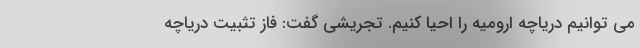
می توانیم دریاچه ارومیه را احیا کنیم. تجریشی گفت: فاز تثبیت دریاچه